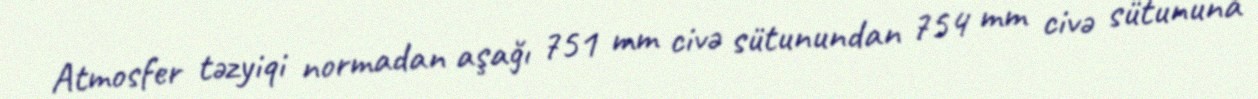
Atmosfer təzyiqi normadan aşağı 751 mm civə sütunundan 754 mm civə sütununa